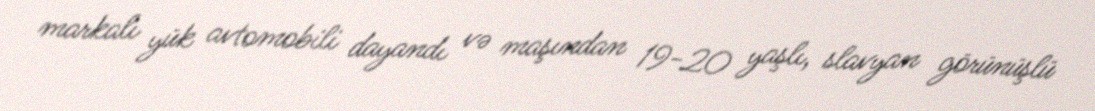
markalı yük avtomobili dayandı və maşından 19-20 yaşlı, slavyan görünüşlü